Annual report of the Punjab Veterinary College and of the Civil Veterinary Department, Punjab - 1926-1932
Year: 1926
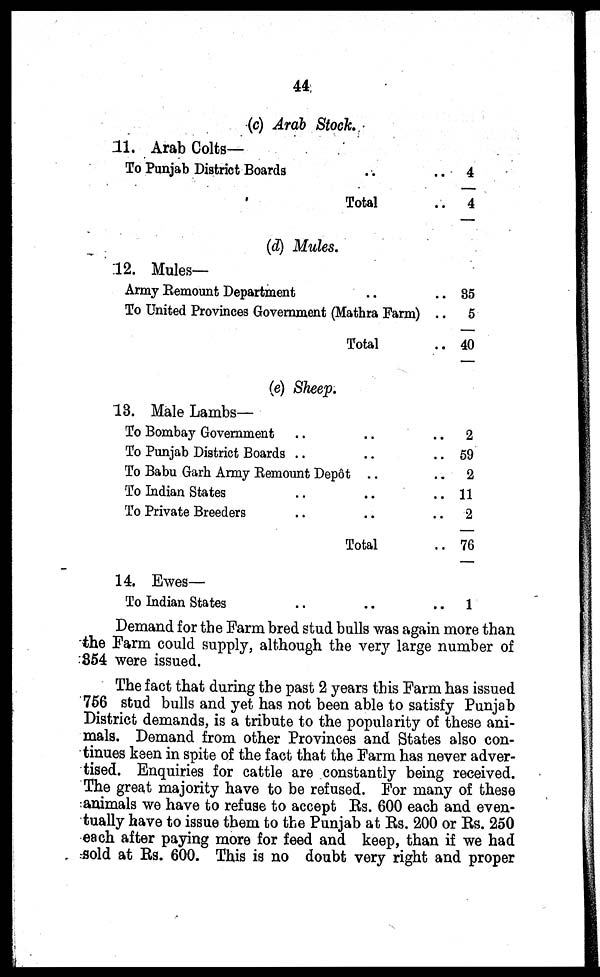
44
(c) Arab Stock.
11. Arab Colts—
To Punjab District Boards .. ..
Total ..
(d) Mules.
12. Mules—
Army Remount Department .. ..
To United Provinces Government (Mathra Farm) ..
Total ..
(e) Sheep.
13. Male Lambs—
To Bombay Government .. .. ..
To Punjab District Boards .. .. ..
To Babu Garh Army Remount Depôt .. ..
To Indian States .. .. ..
To Private Breeders .. .. ..
Total ..
14. Ewes—
To Indian States .. .. ..
4
4
35
5
40
2
59
2
11
2
76
1
Demand for the Farm bred stud bulls was again more than
the Farm could supply, although the very large number of
854 were issued.
The fact that during the past 2 years this Farm has issued
756 stud bulls and yet has not been able to satisfy Punjab
District demands, is a tribute to the popularity of these ani-
mals. Demand from other Provinces and States also con-
tinues keen in spite of the fact that the Farm has never adver-
tised. Enquiries for cattle are constantly being received.
The great majority have to be refused. For many of these
animals we have to refuse to accept Rs. 600 each and even-
tually have to issue them to the Punjab at Rs. 200 or Rs. 250
each after paying more for feed and keep, than if we had
sold at Rs. 600. This is no doubt very right and proper